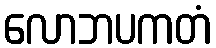
လောဘပကတံ